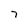
Character: 7